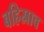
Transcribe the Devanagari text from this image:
बहिस्राव